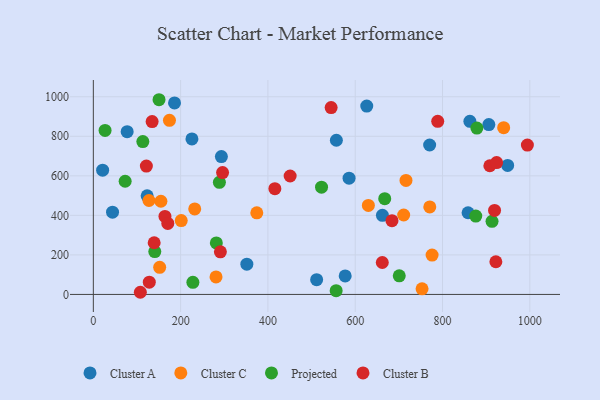
{"axis": {"x": "Ad Spend", "y": "Yield"}, "legend": ["Cluster A", "Cluster B", "Cluster C", "Projected"], "data": [{"x": "21.3", "y": 628.6, "type": "Cluster A"}, {"x": "626.4", "y": 952.8, "type": "Cluster A"}, {"x": "949.2", "y": 652.6, "type": "Cluster A"}, {"x": "186.0", "y": 968.7, "type": "Cluster A"}, {"x": "577.0", "y": 93.4, "type": "Cluster A"}, {"x": "123.3", "y": 499.0, "type": "Cluster A"}, {"x": "662.3", "y": 400.3, "type": "Cluster A"}, {"x": "858.5", "y": 413.3, "type": "Cluster A"}, {"x": "293.4", "y": 697.4, "type": "Cluster A"}, {"x": "351.7", "y": 153.1, "type": "Cluster A"}, {"x": "906.1", "y": 859.1, "type": "Cluster A"}, {"x": "511.6", "y": 74.7, "type": "Cluster A"}, {"x": "585.9", "y": 588.2, "type": "Cluster A"}, {"x": "770.5", "y": 756.0, "type": "Cluster A"}, {"x": "556.8", "y": 780.0, "type": "Cluster A"}, {"x": "77.5", "y": 823.5, "type": "Cluster A"}, {"x": "862.7", "y": 875.5, "type": "Cluster A"}, {"x": "225.9", "y": 786.7, "type": "Cluster A"}, {"x": "44.0", "y": 416.0, "type": "Cluster A"}, {"x": "281.1", "y": 88.4, "type": "Cluster C"}, {"x": "776.1", "y": 199.3, "type": "Cluster C"}, {"x": "127.5", "y": 475.2, "type": "Cluster C"}, {"x": "770.8", "y": 442.5, "type": "Cluster C"}, {"x": "940.1", "y": 843.4, "type": "Cluster C"}, {"x": "716.3", "y": 576.8, "type": "Cluster C"}, {"x": "711.0", "y": 401.9, "type": "Cluster C"}, {"x": "174.4", "y": 880.7, "type": "Cluster C"}, {"x": "232.3", "y": 432.5, "type": "Cluster C"}, {"x": "201.4", "y": 373.7, "type": "Cluster C"}, {"x": "154.8", "y": 471.3, "type": "Cluster C"}, {"x": "630.1", "y": 450.4, "type": "Cluster C"}, {"x": "753.1", "y": 28.3, "type": "Cluster C"}, {"x": "374.5", "y": 412.6, "type": "Cluster C"}, {"x": "152.0", "y": 137.1, "type": "Cluster C"}, {"x": "913.4", "y": 369.8, "type": "Projected"}, {"x": "72.9", "y": 572.5, "type": "Projected"}, {"x": "281.8", "y": 260.7, "type": "Projected"}, {"x": "26.9", "y": 829.5, "type": "Projected"}, {"x": "556.3", "y": 18.9, "type": "Projected"}, {"x": "878.7", "y": 841.6, "type": "Projected"}, {"x": "140.8", "y": 216.6, "type": "Projected"}, {"x": "228.1", "y": 61.0, "type": "Projected"}, {"x": "522.8", "y": 542.5, "type": "Projected"}, {"x": "288.8", "y": 567.0, "type": "Projected"}, {"x": "667.6", "y": 484.3, "type": "Projected"}, {"x": "150.5", "y": 985.0, "type": "Projected"}, {"x": "113.4", "y": 773.3, "type": "Projected"}, {"x": "700.9", "y": 93.9, "type": "Projected"}, {"x": "876.2", "y": 396.6, "type": "Projected"}, {"x": "296.1", "y": 616.6, "type": "Cluster B"}, {"x": "919.2", "y": 425.0, "type": "Cluster B"}, {"x": "121.5", "y": 649.1, "type": "Cluster B"}, {"x": "415.9", "y": 534.8, "type": "Cluster B"}, {"x": "994.4", "y": 755.6, "type": "Cluster B"}, {"x": "908.4", "y": 651.1, "type": "Cluster B"}, {"x": "164.1", "y": 394.7, "type": "Cluster B"}, {"x": "544.8", "y": 945.3, "type": "Cluster B"}, {"x": "662.0", "y": 161.5, "type": "Cluster B"}, {"x": "291.1", "y": 215.4, "type": "Cluster B"}, {"x": "789.0", "y": 875.6, "type": "Cluster B"}, {"x": "450.9", "y": 599.2, "type": "Cluster B"}, {"x": "139.4", "y": 261.4, "type": "Cluster B"}, {"x": "107.7", "y": 10.9, "type": "Cluster B"}, {"x": "170.6", "y": 359.2, "type": "Cluster B"}, {"x": "128.2", "y": 61.8, "type": "Cluster B"}, {"x": "922.2", "y": 165.3, "type": "Cluster B"}, {"x": "684.2", "y": 373.1, "type": "Cluster B"}, {"x": "923.9", "y": 666.9, "type": "Cluster B"}, {"x": "134.7", "y": 874.5, "type": "Cluster B"}]}